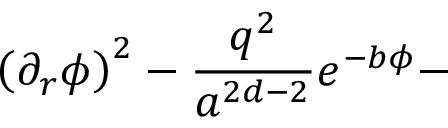
\left( \partial _ { r } \phi \right) ^ { 2 } - \frac { q ^ { 2 } } { a ^ { 2 d - 2 } } e ^ { - b \phi } -